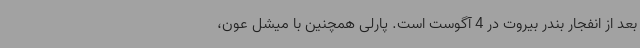
بعد از انفجار بندر بیروت در 4 آگوست است. پارلی همچنین با میشل عون،